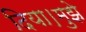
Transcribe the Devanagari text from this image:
दिया।मुझे